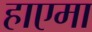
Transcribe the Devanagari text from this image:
हाएमा